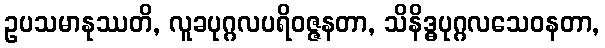
ဥပသမာနုဿတိ, လူခပုဂ္ဂလပရိဝဇ္ဇနတာ, သိနိဒ္ဓပုဂ္ဂလသေဝနတာ,